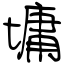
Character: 墉